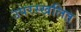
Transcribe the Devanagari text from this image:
उपरस्खलित